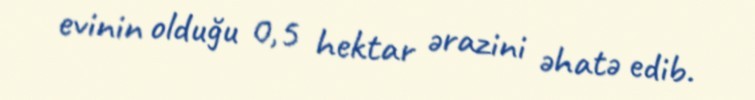
evinin olduğu 0,5 hektar ərazini əhatə edib.